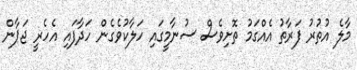
މާލެ އުތުރު ފަރާތު އެއްގަމު ތޮށިވެސް ސުނާމީގައި ހަލާކުވެގެން ހަދާފައި އެހެރީ ޖަޕާން